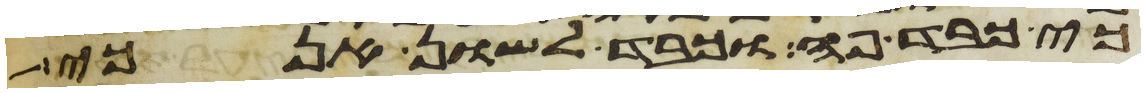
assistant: כי כבד פה וכבד לשון אנכי